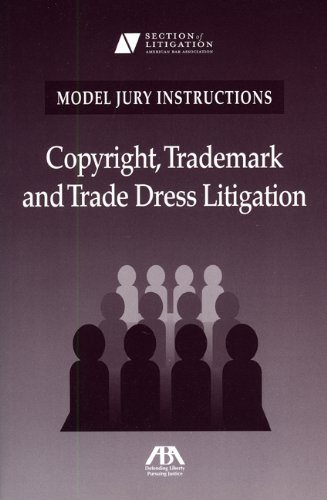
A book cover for Model Jury Instructions: Copyright, Trademark and Trade Dress Litigation (Model Jury Instructions Series); Intellectual Property Litigation Committee; Law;